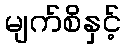
မျက်စိနှင့်